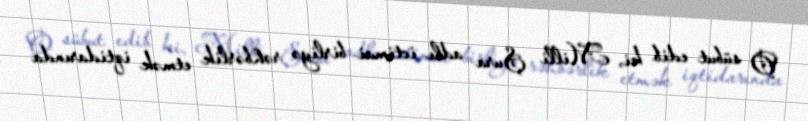
O sübut edib ki, Milli Şura adlı ictimai birliyə rəhbərlik etmək iqtidarında